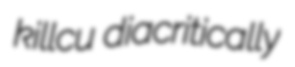
killcu diacritically